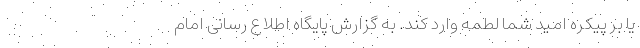
یا بر پیکره امید شما لطمه وارد کند. به گزارش پایگاه اطلاع رسانی امام